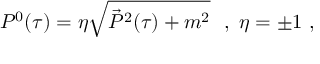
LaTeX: P ^ { 0 } ( \tau ) = \eta \sqrt { \vec { P } ^ { 2 } ( \tau ) + m ^ { 2 } } \ \ , \ \eta = \pm 1 \ ,